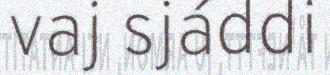
vaj sjáddi